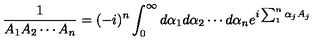
\frac { 1 } { A _ { 1 } A _ { 2 } \cdots A _ { n } } = ( - i ) ^ { n } \int _ { 0 } ^ { \infty } d \alpha _ { 1 } d \alpha _ { 2 } \cdots d \alpha _ { n } e ^ { i \sum _ { 1 } ^ { n } \alpha _ { j } A _ { j } }